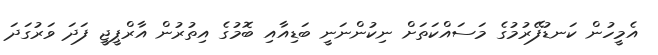
އެމީހުން ކަނޑުފޭރުމުގެ މަސައްކަތަށް ނިކުންނަނީ ބަޑިއާއި ބޮމުގެ އިތުރުން އާރްޕީޖީ ފަދަ ވަރުގަދަ